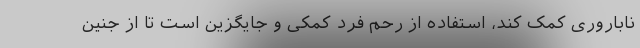
ناباروری کمک کند، استفاده از رحم فرد کمکی و جایگزین است تا از جنین